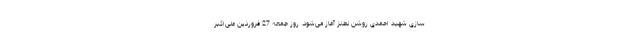
سازی شهید احمدی روشن نطنز آغاز می‌شود. روز جمعه 27 فروردین علی‌اکبر